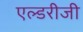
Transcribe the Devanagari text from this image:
एल्डरीजी